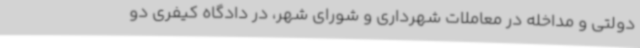
دولتی و مداخله در معاملات شهرداری و شورای شهر، در دادگاه کیفری دو